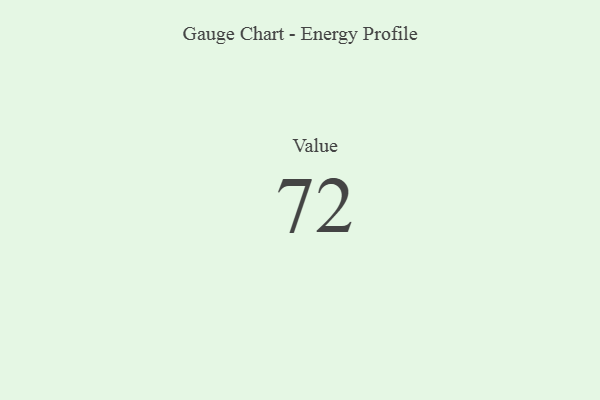
{"axis": {"x": "Metric", "y": "Value"}, "legend": [""], "data": [{"x": "Value", "y": 72, "type": ""}]}